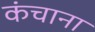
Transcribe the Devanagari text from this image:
कंचाना